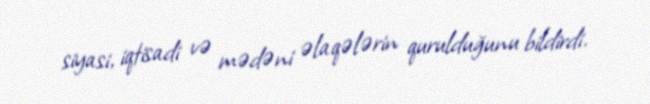
siyasi, iqtisadi və mədəni əlaqələrin qurulduğunu bildirdi.